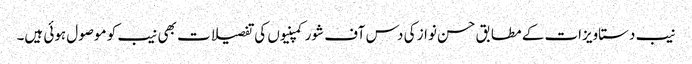
نیب دستاویزات کے مطابق حسن نواز کی دس آف شور کمپنیوں کی تفصیلات بھی نیب کو موصول ہوئی ہیں۔